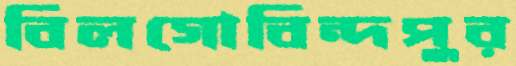
বিলগোবিন্দপুর